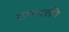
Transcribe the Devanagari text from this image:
रामभक्ती